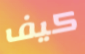
كيف